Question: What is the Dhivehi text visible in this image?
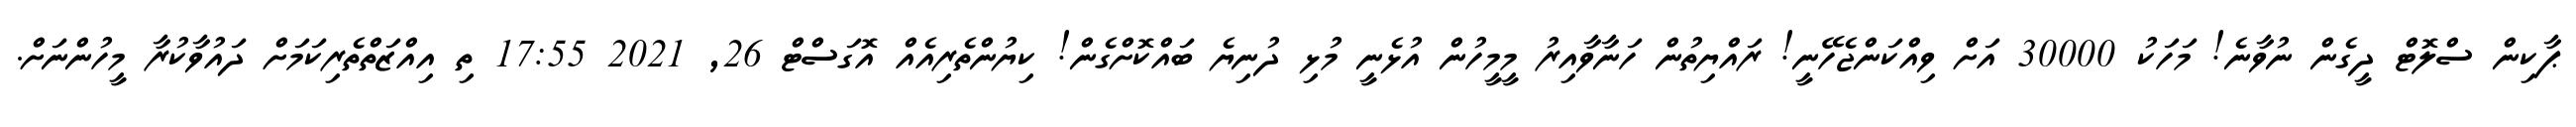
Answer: ޕާކިން ސްލޮޓް ދީގެން ނުވާނެ! މަހަކު 30000 އަށް ވިއްކަންޖެހޭނީ! ރައްޔިތުން ހަނާވާއިރު މީމީހުން އުޅެނީ މުޅި ދުނިޔެ ބައްކޮށްގެން! ކިޔުންތެރިއެއް އޮގަސްޓް 26, 2021 17:55 ތި އިއްޒަތްތެރިކަމަށް ދައުވާކުރާ މީހުންނަށް.